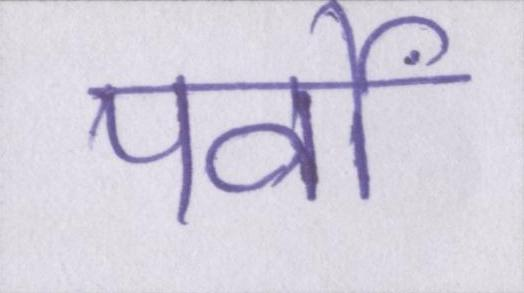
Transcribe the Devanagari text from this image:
पर्वों